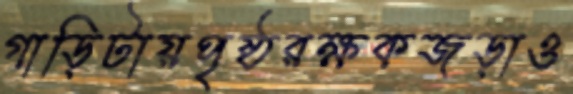
গাড়িটায়পৃষ্ঠরক্ষকজড়াও